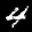
Label: 4